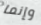
وإنما